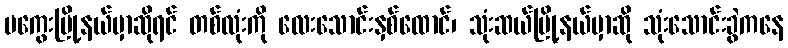
မကွေးမြို့နယ်မှာဆိုရင် တစ်လုံးကို လေးသောင်းနှစ်ထောင်၊ သုံးဆယ်မြို့နယ်မှာဆို သုံးသောင်းခွဲကနေ